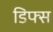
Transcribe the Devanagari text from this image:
डिफ्स